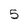
Character: 5